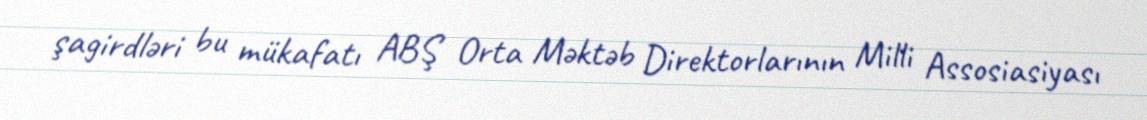
şagirdləri bu mükafatı ABŞ Orta Məktəb Direktorlarının Milli Assosiasiyası